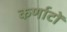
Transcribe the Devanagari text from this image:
कर्णाटों